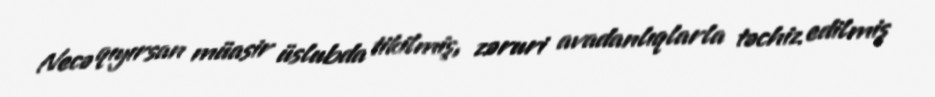
Necə qıyırsan müasir üslubda tikilmiş, zəruri avadanlıqlarla təchiz edilmiş